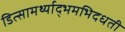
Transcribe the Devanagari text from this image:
डित्सामर्थ्याद्भमभिदधती